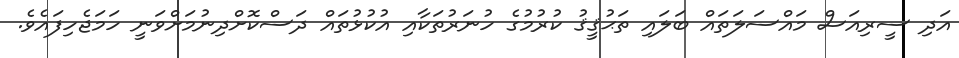
އަދި ސީރިއަސް މައްސަލަތައް ބަލައި ތަޙުޤީޤު ކުރުމުގެ ހުނަރުތަކާއި އުކުޅުތައް ދަސްކޮށްދިނުމަށްވަނީ ހަމަޖެހިފައެވެ.